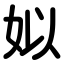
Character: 姒